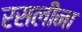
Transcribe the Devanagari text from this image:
रसलीना